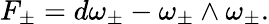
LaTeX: F_{\pm}=d\omega_{\pm}-\omega_{\pm}\wedge\omega_{\pm}.